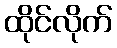
ထိုင်လိုက်